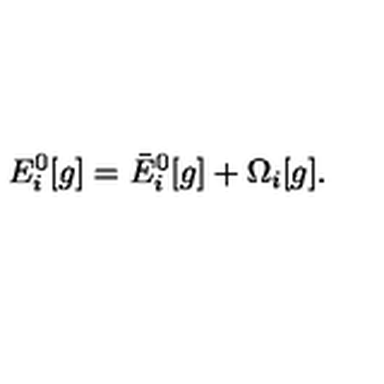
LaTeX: E _ { i } ^ { 0 } [ g ] = \bar { E } _ { i } ^ { 0 } [ g ] + \Omega _ { i } [ g ] .